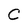
Character: C